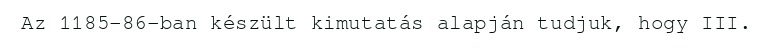
Az 1185–86-ban készült kimutatás alapján tudjuk, hogy III.